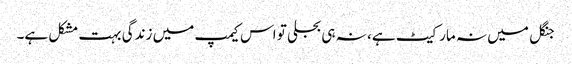
جنگل میں نہ مارکیٹ ہے، نہ ہی بجلی تو اس کیمپ میں زندگی بہت مشکل ہے۔